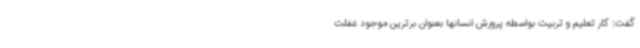
گفت: کار تعلیم و تربیت بواسطه پرورش انسانها بعنوان برترین موجود غفلت